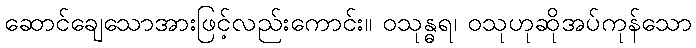
ဆောင်ချေသောအားဖြင့်လည်းကောင်း။ ဝသုန္ဓရ၊ ဝသုဟုဆိုအပ်ကုန်သော